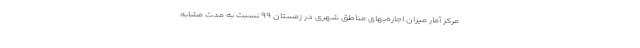
مرکز آمار میزان اجاره‌بهای مناطق شهری در زمستان ۹۹ نسبت به مدت مشابه